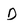
Character: D